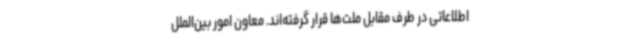
اطلاعاتی در طرف مقابل ملت‌ها قرار گرفته‌اند. معاون امور بین‌الملل